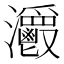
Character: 𤅥